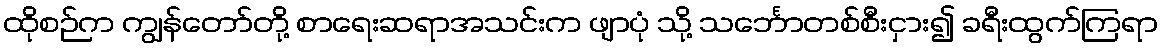
ထိုစဉ်က ကျွန်တော်တို့ စာရေးဆရာအသင်းက ဖျာပုံ သို့ သင်္ဘောတစ်စီးငှား၍ ခရီးထွက်ကြရာ